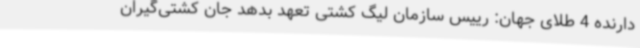
دارنده 4 طلای جهان: رییس سازمان لیگ کشتی تعهد بدهد جان کشتی‌گیران